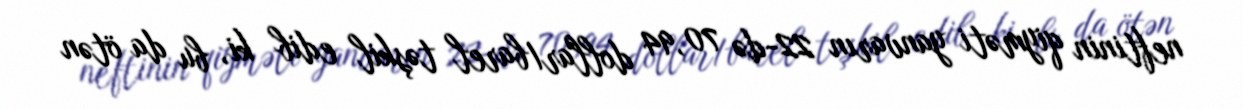
neftinin qiyməti yanvarın 22-də 70,94 dollar/barel təşkil edib ki, bu da ötən